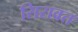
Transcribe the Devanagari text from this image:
सिरावत